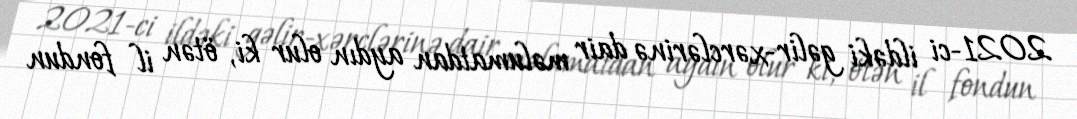
2021-ci ildəki gəlir-xərclərinə dair məlumatdan aydın olur ki, ötən il fondun